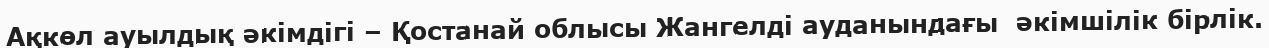
Ақкөл ауылдық әкімдігі – Қостанай облысы Жангелді ауданындағы  әкімшілік бірлік.